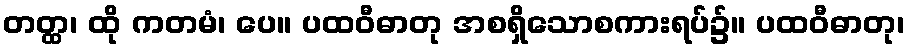
တတ္ထ၊ ထို ကတမံ၊ ပေ။ ပထဝီဓာတု အစရှိသောစကားရပ်၌။ ပထဝီဓာတု၊